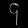
Digit: ၄